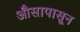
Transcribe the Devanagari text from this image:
औसापासून